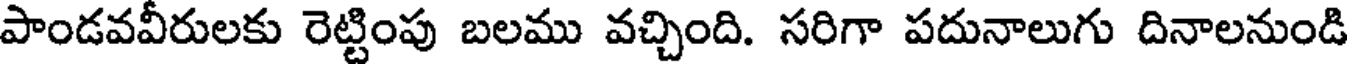
పాండవవీరులకు రెట్టింపు బలము వచ్చింది. సరిగా పదునాలుగు దినాలనుండి